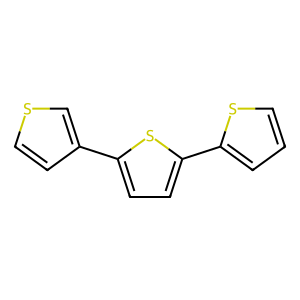
SMILES: c1csc(-c2ccc(-c3ccsc3)s2)c1
Inhibits HIV replication: No